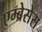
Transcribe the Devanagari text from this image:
एम्ब्रेसेस